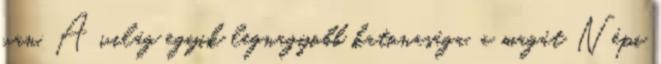
van. A világ egyik legnagyobb katonasága, a magát Népi